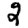
Digit: 2